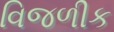
વિજળીક